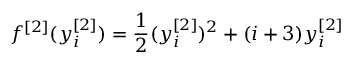
f ^ { [ 2 ] } ( y _ { i } ^ { [ 2 ] } ) = \frac { 1 } { 2 } ( y _ { i } ^ { [ 2 ] } ) ^ { 2 } + ( i + 3 ) y _ { i } ^ { [ 2 ] }